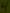
Text: 4